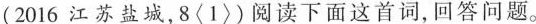
(2016江苏盐城，8〈1〉)阅读下面这首词，回答问题。